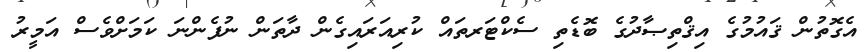
އެގޮތުން ޤައުމުގެ އިޤްތިޞާދުގެ ބޮޑެތި ސެކްޓަރތައް ކުރިއަރައިގެން ދާތަން ނުފެންނަ ކަމަށްވެސް އަމީރު